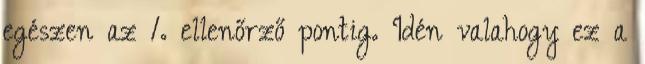
egészen az 1. ellenőrző pontig. Idén valahogy ez a